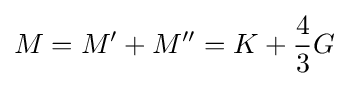
M=M'+M''=K+{\frac {4}{3}}G